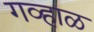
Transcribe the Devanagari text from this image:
गव्हाळ